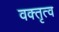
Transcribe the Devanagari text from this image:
वक्‍तृत्‍व